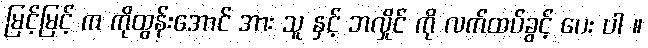
မြင့်မြင့် က ကိုထွန်းအောင် အား သူ နှင့် ဘလှိုင် ကို လက်ထပ်ခွင့် ပေး ပါ ။